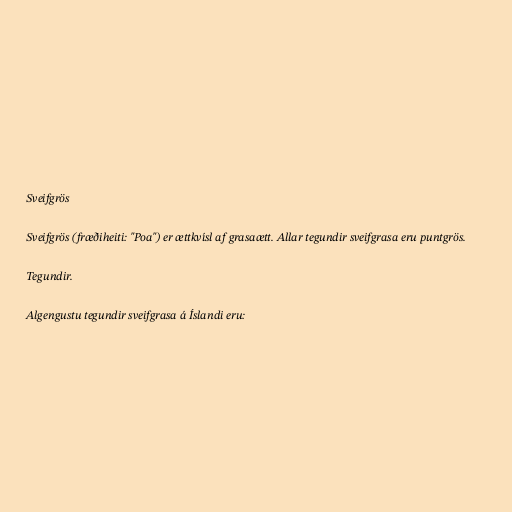
Sveifgrös

Sveifgrös (fræðiheiti: "Poa") er ættkvísl af grasaætt. Allar tegundir sveifgrasa eru puntgrös.

Tegundir.

Algengustu tegundir sveifgrasa á Íslandi eru: